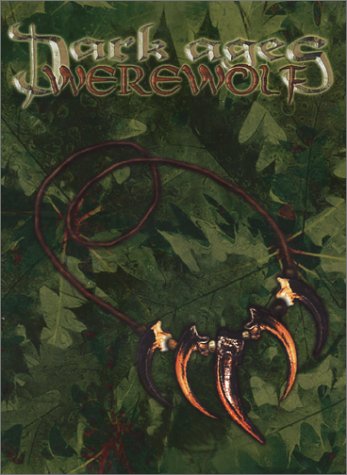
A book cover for Dark Ages: Werewolf; Matt McFarland; Science Fiction & Fantasy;